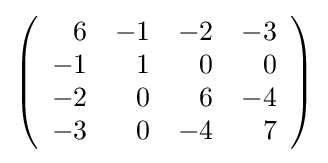
{\textstyle \left({\begin{array}{rrrr}6&-1&-2&-3\\-1&1&0&0\\-2&0&6&-4\\-3&0&-4&7\\\end{array}}\right)}